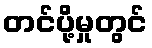
တင်ပို့မှုတွင်